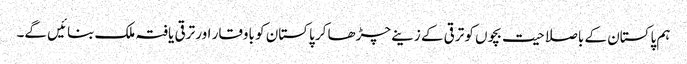
ہم پاکستان کے باصلاحیت بچوں کو ترقی کے زینے چڑھا کر پاکستان کو باوقار اور ترقی یافتہ ملک بنائیں گے۔